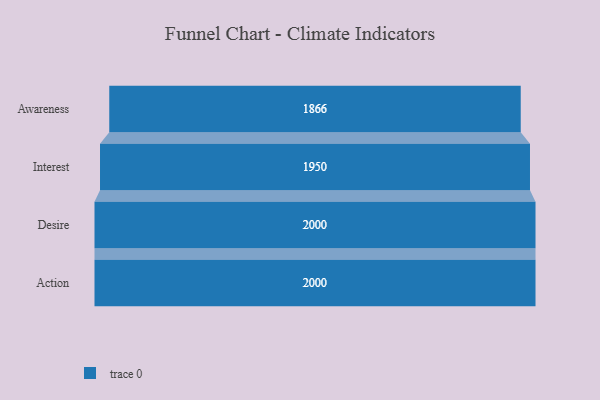
{"axis": {"x": "Stage", "y": "Value"}, "legend": [""], "data": [{"x": "Awareness", "y": 1866.0, "type": ""}, {"x": "Interest", "y": 1950.0, "type": ""}, {"x": "Desire", "y": 2000, "type": ""}, {"x": "Action", "y": 2000, "type": ""}]}